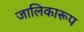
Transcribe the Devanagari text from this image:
जालिकारूप